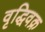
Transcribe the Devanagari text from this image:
वृद्धिवक्र